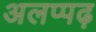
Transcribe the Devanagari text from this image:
अलप्पढ़